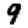
Digit: 9